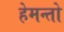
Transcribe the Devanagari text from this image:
हेमन्तो